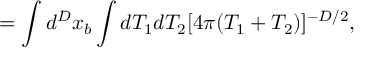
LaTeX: = \int d ^ { D } x _ { b } \int d T _ { 1 } d T _ { 2 } [ 4 \pi ( T _ { 1 } + T _ { 2 } ) ] ^ { - D / 2 } ,